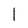
Character: l